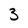
Character: 3